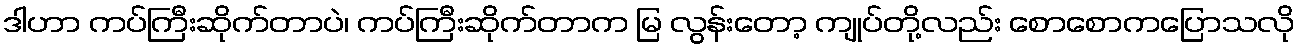
ဒါဟာ ကပ်ကြီးဆိုက်တာပဲ၊ ကပ်ကြီးဆိုက်တာက မြ လွန်းတော့ ကျုပ်တို့လည်း စောစောကပြောသလို